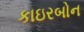
કાઇરબોન